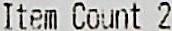
ITEM COUNT 2